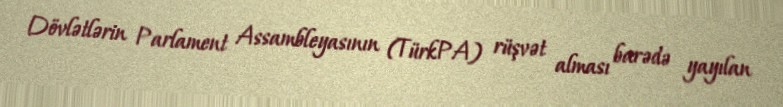
Dövlətlərin Parlament Assambleyasının (TürkPA) rüşvət alması barədə yayılan